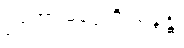
ဥဘော မဂ္ဂေဟိ သန္ဒန္တိ၊